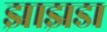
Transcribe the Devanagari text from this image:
झाझडा